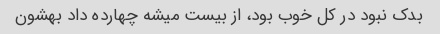
بدک نبود در کل خوب بود، از بیست میشه چهارده داد بهشون